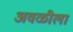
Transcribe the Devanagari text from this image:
अवळीला